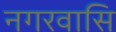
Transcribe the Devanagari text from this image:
नगरवासि